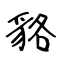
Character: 貉